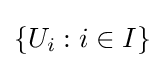
\left\{U_{i}:i\in I\right\}